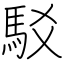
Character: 駁